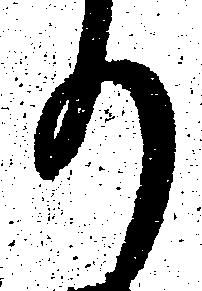
り